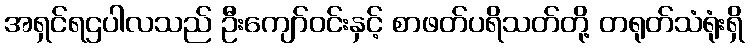
အရှင်ရဌပါလသည် ဦးကျော်ဝင်းနှင့် စာဖတ်ပရိသတ်တို့ တရုတ်သံရုံးရှိ